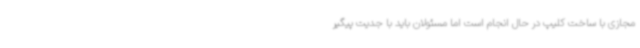
مجازی با ساخت کلیپ در حال انجام است اما مسئولان باید با جدیت پیگیر